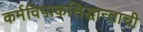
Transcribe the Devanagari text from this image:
कर्मविपाकसिद्धान्ताची